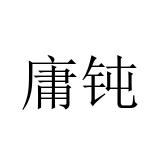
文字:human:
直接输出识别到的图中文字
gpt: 庸钝